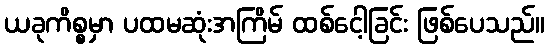
ယခုကိစ္စမှာ ပထမဆုံးအကြိမ် ထစ်ငေါ့ခြင်း ဖြစ်ပေသည်။